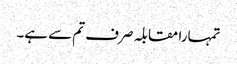
تمہارا مقابلہ صرف تم سے ہے۔